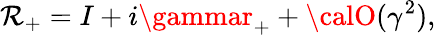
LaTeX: \mathcal{R}_{+}=I+i\gammar_{+}+{\calO}(\gamma^{2}),